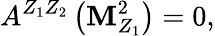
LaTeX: A^{Z_{1}Z_{2}}\left(\mathbf{M}_{Z_{1}}^{2}\right)=0,